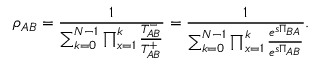
\rho _ { A B } = \frac { 1 } { \sum _ { k = 0 } ^ { N - 1 } \prod _ { x = 1 } ^ { k } \frac { T _ { A B } ^ { - } } { T _ { A B } ^ { + } } } = \frac { 1 } { \sum _ { k = 0 } ^ { N - 1 } \prod _ { x = 1 } ^ { k } \frac { e ^ { s \Pi _ { B A } } } { e ^ { s \Pi _ { A B } } } } .